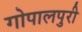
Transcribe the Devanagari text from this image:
गोपालपुरी